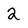
Character: 2